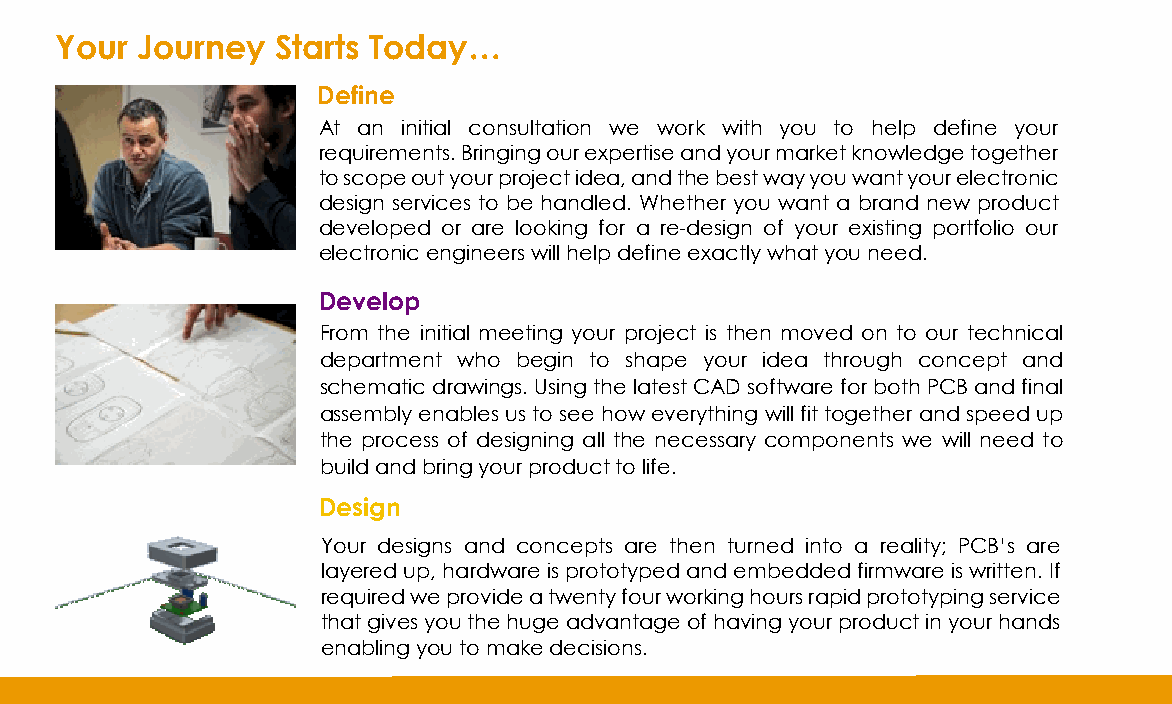
Your Journey  Starts Today…
 Define
 At an initial consultation we work with you to help define your
 requirements. Bringing our expertise and your market knowledge together
 to scope out your project idea, and the best way you want your electronic
 design services to be handled. Whether you want a brand new product
 developed or are looking for a re-design of your existing portfolio our
 electronic engineers will help define exactly what you need.
 Develop
 From the initial meeting your project is then moved on to our technical
 department who begin to shape your idea through concept and
 schematic drawings. Using the latest CAD software for both PCB and final
 assembly enables us to see how everything will fit together and speed up
 the process of designing all the necessary components we will need to
 build and bring your product to life.
 Design
 Your designs and concepts are then turned into a reality; PCB’s are
 layered up, hardware is prototyped and embedded firmware is written. If
 required we provide a twenty four working hours rapid prototyping service
 that gives you the huge advantage of having your product in your hands
 enabling you to make decisions.